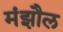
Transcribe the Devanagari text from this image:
मंझौल